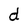
Character: d